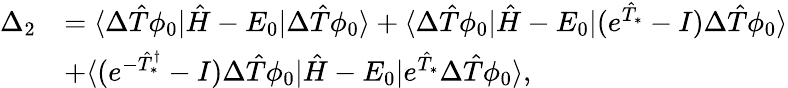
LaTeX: \begin{array}{rl}{\Delta_{2}}&{=\langle\Delta\hat{T}\phi_{0}|\hat{H}-E_{0}|\Delta\hat{T}\phi_{0}\rangle+\langle\Delta\hat{T}\phi_{0}|\hat{H}-E_{0}|(e^{\hat{T}_{*}}-I)\Delta\hat{T}\phi_{0}\rangle}\\ &{+\langle(e^{-\hat{T}_{*}^{\dagger}}-I)\Delta\hat{T}\phi_{0}|\hat{H}-E_{0}|e^{\hat{T}_{*}}\Delta\hat{T}\phi_{0}\rangle,}\end{array}